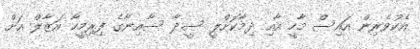
އެކުވެރިން އައިސް މާހީ އާއި ދިމާކޮށްލީ ސީދާ ސާއިނާގެ ފިރިމީހާ އަޒާލް އަށް